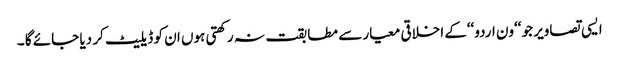
ایسی تصاویر جو ‘‘ون اردو‘‘کے اخلاقی معیار سے مطابقت نہ رکھتی ہوں ان کو ڈیلیٹ کر دیا جائے گا ۔